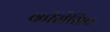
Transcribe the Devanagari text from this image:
कॉरोसिव